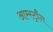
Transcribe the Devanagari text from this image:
आर्म्स्ट्राँग